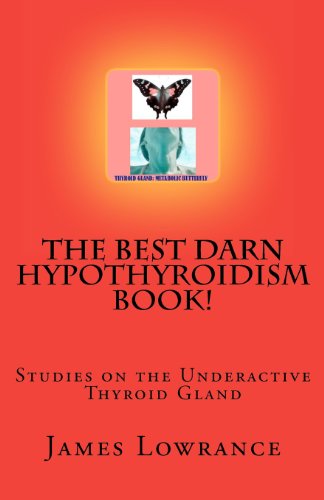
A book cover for The Best Darn Hypothyroidism Book!: Studies on the Underactive Thyroid Gland; James M. Lowrance; Health, Fitness & Dieting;